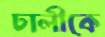
ঢালীকে